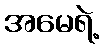
အမေရဲ့